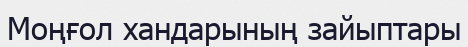
Моңғол хандарының зайыптары